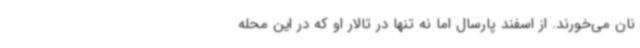
نان می‌خورند. از اسفند پارسال اما نه تنها در تالار او که در این محله